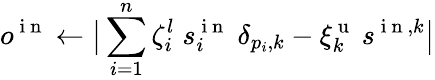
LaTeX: o^{\mathrm{~i~n~}}\gets\big\lvert\sum_{i=1}^{n}\zeta_{i}^{l}\; s_{i}^{\mathrm{~i~n~}}\; \delta_{p_{i},k}-\xi_{k}^{\mathrm{~u~}}\: s^{\mathrm{~i~n~},k}\big\rvert